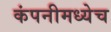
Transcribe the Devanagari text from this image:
कंपनीमध्येच